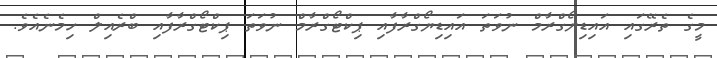
މީގެ ތެރޭގައި އައިޑިޔޯގްރާމް ނުވަތަ އައިޑިޔޯގްރާފާއި ޕިކްޓޯގްރާމް ނުވަތަ ޕިކްޓޯގްރާފާއި ބްރެއިލް ހިމެނެއެވެ.